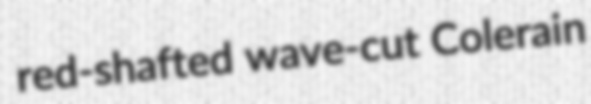
red-shafted wave-cut Colerain